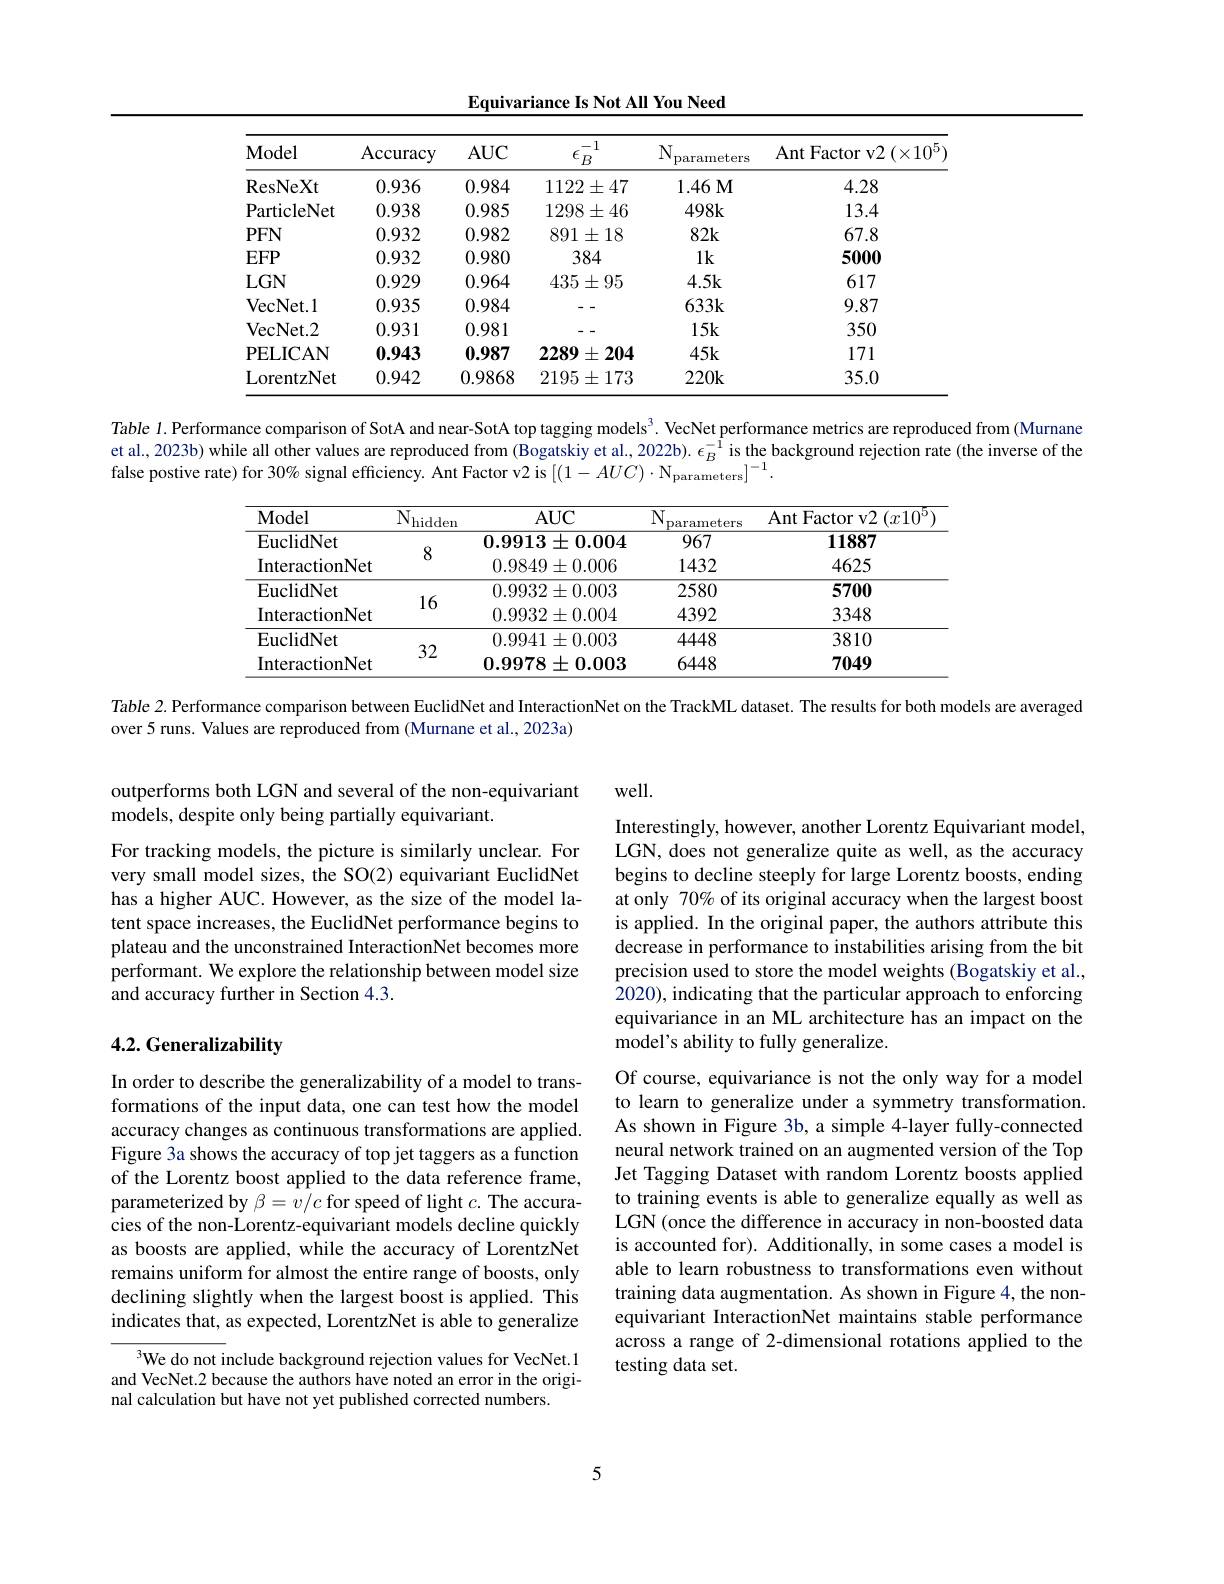
Equivariance Is Not All You Need

<table>
	<tbody>
		<tr>
			<th>$\mathbf{Model}$</th>
			<th>Accuracy</th>
			<th>$AUC$</th>
			<th>-1 $\underline{\epsilon_B}$</th>
			<th>$N$ parameters</th>
			<th>${\mathrm{Ant~Factor~v2~}}(\times10^{5}$</th>
		</tr>
		<tr>
			<td>ResNeXt</td>
			<td>0.936</td>
			<td>0.984</td>
			<td>$1122\pm47$</td>
			<td>1.46M</td>
			<td>4.28</td>
		</tr>
		<tr>
			<td>ParticleNet</td>
			<td>0.938</td>
			<td>0.985</td>
			<td>$1298\pm46$</td>
			<td>$498k$</td>
			<td>13.4</td>
		</tr>
		<tr>
			<td>$PFN$</td>
			<td>0.932</td>
			<td>0.982</td>
			<td>$891\pm18$</td>
			<td>$82k$</td>
			<td>67.8</td>
		</tr>
		<tr>
			<td>$EFP$</td>
			<td>0.932</td>
			<td>0.980</td>
			<td>384</td>
			<td>$1k$</td>
			<td>5000</td>
		</tr>
		<tr>
			<td>$LGN$</td>
			<td>0.929</td>
			<td>0.964</td>
			<td>$435\pm95$</td>
			<td>4.5k</td>
			<td>617</td>
		</tr>
		<tr>
			<td>VecNet. l</td>
			<td>0.935</td>
			<td>0.984</td>
			<td> </td>
			<td>$633k$</td>
			<td>9.87</td>
		</tr>
		<tr>
			<td>VecNet. 2</td>
			<td>0.931</td>
			<td>0.981</td>
			<td> </td>
			<td>$15k$</td>
			<td>350</td>
		</tr>
		<tr>
			<td>PELICAN</td>
			<td>0.943</td>
			<td>0.987</td>
			<td>2289 $\pm204$</td>
			<td>$45k$</td>
			<td>171</td>
		</tr>
		<tr>
			<td>LorentzNet</td>
			<td>0.942</td>
			<td>0.9868</td>
			<td>$2195\pm173$</td>
			<td>$220k$</td>
			<td>35.0</td>
		</tr>
	</tbody>
</table>

Table $l$. Performance comparison of SotA and near-SotA top tagging models$^{3}$. VecNet performance metrics are reproduced from (Murnane et al., 2023b) while all other values are reproduced from (Bogatskiy et al., 2022b). $\epsilon_B^{-1}$ is the background rejection rate (the inverse of the false postive rate) for 30% signal efficiency. Ant Factor v2 is $[(1-AUC)\cdot\mathrm{N}_{\mathrm{parameters}}]^{-1}.$

<table>
	<tbody>
		<tr>
			<th>Model</th>
			<th>$N_{\mathrm{I}}$ hidden</th>
			<th>$AUC$</th>
			<th>$N$ parameters</th>
			<th>${\mathrm{Ant~Factor~v2~}}(x10^{5}$</th>
		</tr>
		<tr>
			<td>EuclidNet</td>
			<td>T</td>
			<td>$0.9913\pm0.004$</td>
			<td>967</td>
			<td>11887</td>
		</tr>
		<tr>
			<td>InteractionNet</td>
			<td>$\delta$</td>
			<td>$0.9849\pm0.006$</td>
			<td>1432</td>
			<td>4625</td>
		</tr>
		<tr>
			<td>EuclidNet</td>
			<td rowspan="2">16</td>
			<td>$0.9932\pm0.003$</td>
			<td>2580</td>
			<td>5700</td>
		</tr>
		<tr>
			<td>InteractionNet</td>
			<td>$0.9932\pm0.004$</td>
			<td>4392</td>
			<td>3348</td>
		</tr>
		<tr>
			<td>EuclidNet</td>
			<td rowspan="2">32</td>
			<td>$0.9941\pm0.003$</td>
			<td>4448</td>
			<td>3810</td>
		</tr>
		<tr>
			<td>InteractionNet</td>
			<td>$0.9978\pm0.003$</td>
			<td>6448</td>
			<td>7049</td>
		</tr>
	</tbody>
</table>

Table 2. Performance comparison between EuclidNet and InteractionNet on the TrackML dataset. The results for both models are averaged

over 5 runs. Values are reproduced from (Murnane et al., 2023a)

well.

outperforms both LGN and several of the non-equivariant
models, despite only being partially equivariant.

For tracking models, the picture is similarly unclear. For very small model sizes, the SO(2) equivariant EuclidNet has a higher AUC. However, as the size of the model latent space increases, the EuclidNet performance begins to plateau and the unconstrained InteractionNet becomes more performant. We explore the relationship between model size and accuracy further in Section 4.3.

Interestingly, however, another Lorentz Equivariant model, LGN, does not generalize quite as well, as the accuracy begins to decline steeply for large Lorentz boosts, ending at only 70% of its original accuracy when the largest boost is applied. In the original paper, the authors attribute this decrease in performance to instabilities arising from the bit precision used to store the model weights (Bogatskiy et al., 2020), indicating that the particular approach to enforcing equivariance in an ML architecture has an impact on the model's ability to fully generalize.

## 4.2. Generalizability

In order to describe the generalizability of a model to transformations of the input data, one can test how the model accuracy changes as continuous transformations are applied. Figure 3a shows the accuracy of top jet taggers as a function of the Lorentz boost applied to the data reference frame, parameterized by $\beta=v/c$ for speed of light $c.$ The accuracies of the non-Lorentz-equivariant models decline quickly as boosts are applied, while the accuracy of LorentzNet remains uniform for almost the entire range of boosts, only declining slightly when the largest boost is applied. This indicates that, as expected, LorentzNet is able to generalize

Of course, equivariance is not the only way for a model to learn to generalize under a symmetry transformation. As shown in Figure 3b, a simple 4-layer fully-connected neural network trained on an augmented version of the Top Jet Tagging Dataset with random Lorentz boosts applied to training events is able to generalize equally as well as LGN (once the difference in accuracy in non-boosted data is accounted for). Additionally, in some cases a model is able to learn robustness to transformations even without training data augmentation. As shown in Figure 4, the nonequivariant InteractionNet maintains stable performance across a range of 2-dimensional rotations applied to the testing data set.

$^3$We do not include background rejection values for VecNet.1 and VecNet.2 because the authors have noted an error in the original calculation but have not yet published corrected numbers.

5